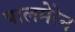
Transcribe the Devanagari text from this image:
पालमेरेन